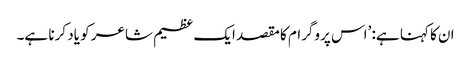
ان کا کہنا ہے: ’اس پروگرام کا مقصد ایک عظیم شاعر کو یاد کرنا ہے۔